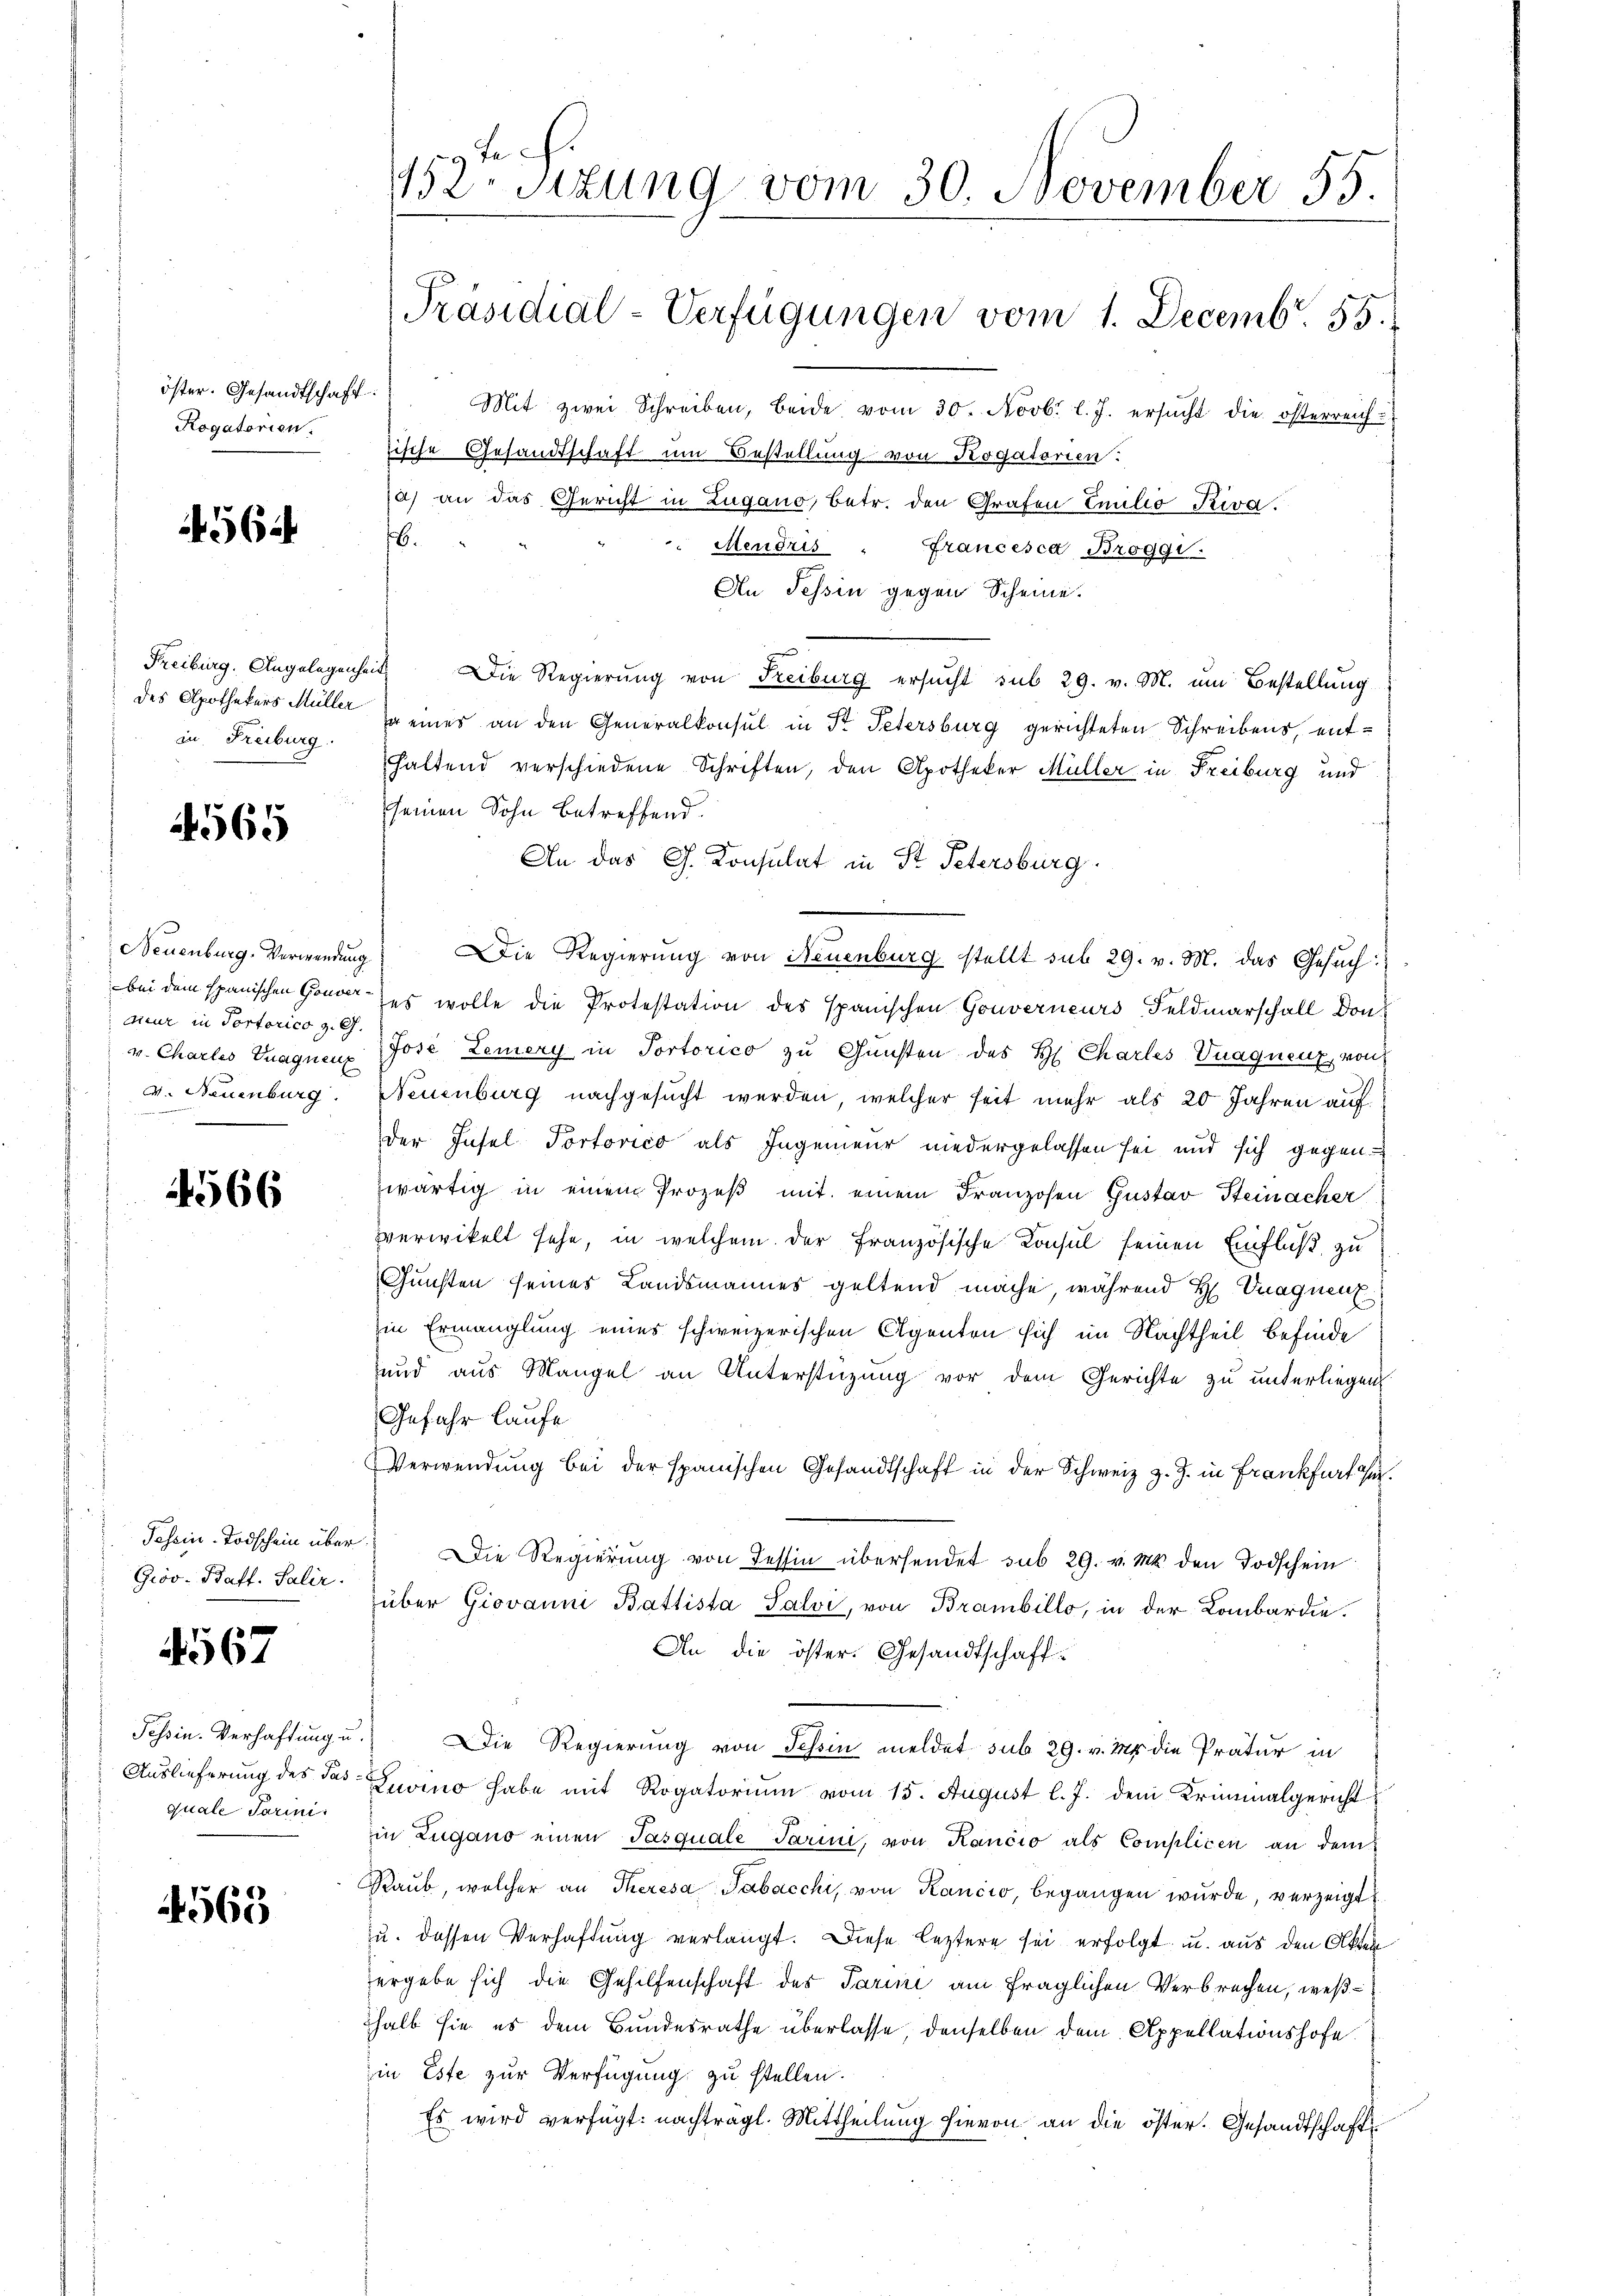
öster. Gesandtschaft.
Rogatorien.

564

des Apothekers Müller
in Freiburg.

4565

Neuenburg. Verwendung
ceur in Portorico z. G.
v. Charlis Znaguent
v. Neuenburg.

4566

Tessin-Todschein über
Groo- Baff. Salir.

f
456.

Tessin. Verhaftung u
Auslieferung des Pas
quale Tarini.

4563

152ten Sizung vom 30. November 55.
[Präsidial-Verfügungen vom 1. Decemb. 55.
Mit zwei Schreiben, beide vom 30. Novb. l. J. ersŭcht die österreich-

tische Gesandtschaft um Bestellung von Rogatorien:
a) an das Gericht in Zugano, betr. den Grafen Emilio Riva.
.
Mendris - Francesca Bröggi.
An Tessin gegen Scheine
Freiburg. Angelegenheit Die Regierung von Freiburg ersŭcht sub 29. v. M. um Bestellung
sa eines an den Generalkonsul in St. Petersburg gerichteten Schreibens, enthaltend verschiedene Schriften, den Apotheker Müller in Freiburg und
seinen Sohn betreffend.
An das G. Konsulat in St. Petersburg.
 Die Regierung von Neuenburg stellt sub 29. v. M. das Gesuch:
bei dem spanischen Honor des wolle die Protestation des spanischen Gouverneurs Feldmarschall Don¬
Jose Lemery in Portorico zu Gunsten des H. Charles Vuaquenz von
Neuenburg nachgesucht werden, welcher seit mehr als 20 Jahren auf
der Insel Portorico als Ingenieur niedergelassen sei und sich gegen
zwärtig in einem Prozeß mit einem Franzosen Gustav Steinacher
verwikelt sehe, in welchem der Französische Konsul seinen Einfluß zu
Gunsten seines Landsmannes geltend mache, während H. Vnagnen
in Ermanglung eines schweizerischen Agenten sich im Nachtheil befinde
und aus Mangel an Unterstüzung vor dem Gerichte zu unterliegen
Gefahr laufe
Verwendung bei der spanischen Gesandtschaft in der Schweiz z. Z. in Frankfurt ihm
Die Regierŭng von Tessin übersendet sub 29. v. Ms. den Todschein
über Giovanni Battista Salvi, von Branbillo, in der Lombardie
An die öster. Gesandtschaff-
 Die Regierung von Schin meldet sub 29. v. Ms. die Pratur in
Zuvino habe mit Rogatorium vom 15. August l. J. dem Kriminalgericht
in Zugano einen Pasquale Parini, von Kancio als Complicen an dem
Raub, welcher an Theresa Tabacchi, von Rancio, begangen wurde, verzeigt
zu. dessen Verhaftung verlangt. Diese leztere sei erfolgt u. aus den Akten
ergebe sich die Gehilfenschaft des Tarini am fraglichen Verbrechen, weßhalb sie es dem Bundesrathe überlasse, denselben dem Appellationshofe
in Este zur Verfügung zu stellen.
Es wird verfügt: nachträgl. Mittheilung hievon an die öster. Gesandtschaft